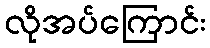
လိုအပ်ကြောင်း